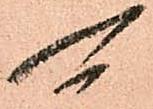
可